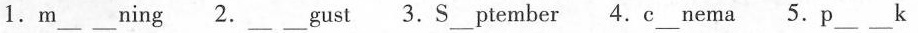
1.m___ ___ning 2.___ ___gust 3.S___ptember 4.e___nema5 .p___ ___k